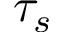
\tau _ { s }